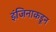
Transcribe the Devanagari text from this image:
इंजिनाकडून